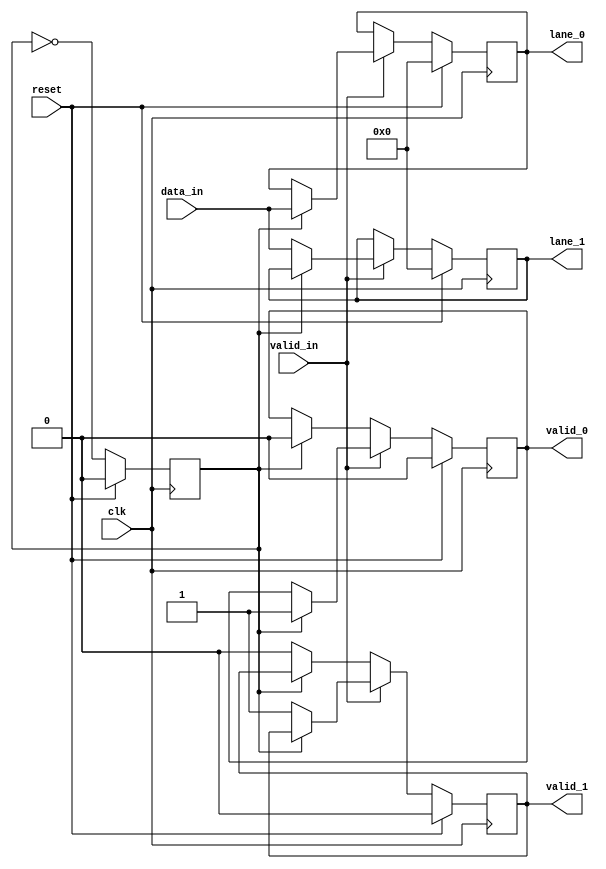
module byteStriping(
    input               valid_in, clk, reset,
    input       [31:0]  data_in,
    output  reg         valid_0, valid_1,
    output  reg [31:0]  lane_0,
    output  reg [31:0]  lane_1);

    reg         selector;
    always @ (posedge clk) begin
        if (reset)begin
            selector <= 0;
            lane_0 <= 0;
            lane_1 <= 0;
            valid_0 <= 0;
            valid_1 <= 0;
        end
        else begin
            if (valid_in)begin
                if (~selector)begin
                    lane_1 <= data_in;
                    valid_1 <= valid_in;
                end
                else begin
                    lane_0 <= data_in;
                    valid_0 <= valid_in;
                end
            end
            else begin
                if (~selector)begin
                    valid_1 <= valid_in;
                end
                else begin
                    valid_0 <= valid_in;
                end
            end
            selector <= ~selector;
        end
    end
endmodule